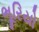
ભૂરિયો